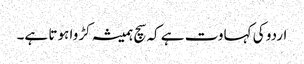
اردو کی کہاوت ہے کہ سچ ہمیشہ کڑوا ہوتا ہے۔